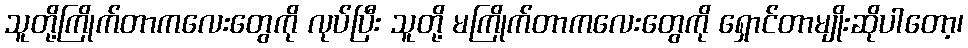
သူတို့ကြိုက်တာကလေးတွေကို လုပ်ပြီး သူတို့ မကြိုက်တာကလေးတွေကို ရှောင်တာမျိုးဆိုပါတော့၊